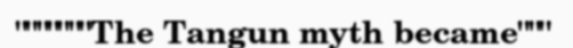
"""""""The Tangun myth became"""